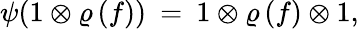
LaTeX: \psi(1\otimes\varrho\, (f))\: =\: 1\otimes\varrho\, (f)\otimes 1,